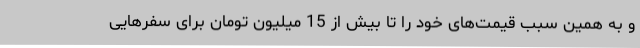
و به همین سبب قیمت‌های خود را تا بیش از 15 میلیون تومان برای سفرهایی